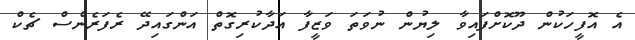
އެ އޮފީހަކުން ދޫކޮށްފައިވާ ލިޔުން ނުވަތަ ވަޒީފާ އަދާކުރިގޮތް އަންގައިދޭ ރެފަރެންސް ޗެކް